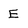
Character: E